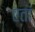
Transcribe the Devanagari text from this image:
एतां